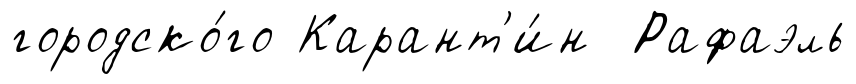
городско́го Карант'и́н Рафаэль